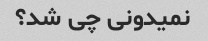
نمیدونی چی شد؟